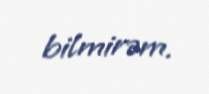
bilmirəm.